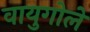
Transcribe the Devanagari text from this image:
वायुगोले